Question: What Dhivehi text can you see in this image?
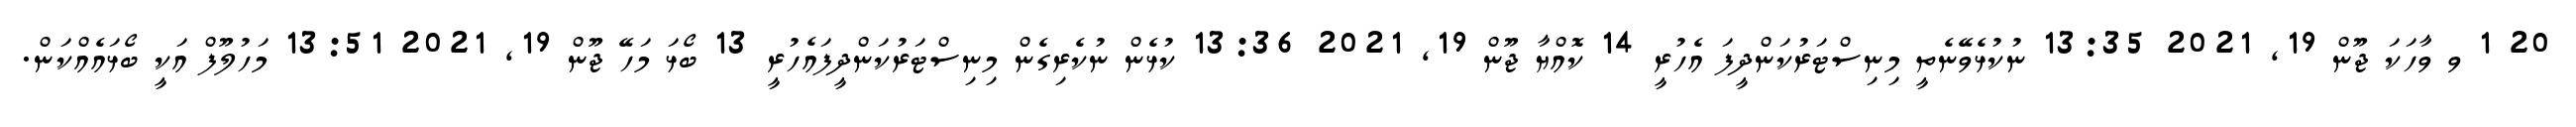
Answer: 20 1 ވ ވާހަކަ ޖޫން 19, 2021 13:35 ނުކުޅެވޭނެތީ މިނިސްޓަރުކަންދީފަ އެހުރީ 14 ކޮއްޔާ ޖޫން 19, 2021 13:36 ކުޅެން ނުކެރިގެން މިނިސްޓަރުކަންދީފައެހުރީ 13 ބޯޅަ މަހޭ ޖޫން 19, 2021 13:51 މަހުލޫފް އަކީ ބޯޅައެއްކަން.